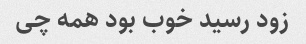
زود رسید خوب بود همه چی